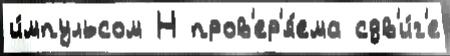
и́мпульсом Н пров'ер'я́ема сдв'и́г'е